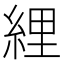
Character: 䋥